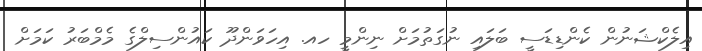
އިލެކްޝަނުން ކެންޑިޑަސީ ބަލައި ނުގަތުމަށް ނިންމީ ހއ. އިހަވަންދޫ ކައުންސިލްގެ މެމްބަރު ކަމަށް